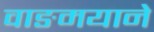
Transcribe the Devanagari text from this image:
वाङमयाने